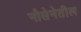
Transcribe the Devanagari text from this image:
नौसेनेतील